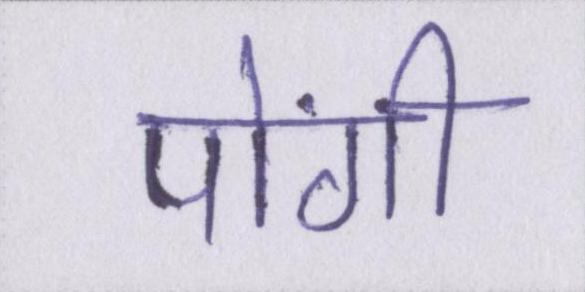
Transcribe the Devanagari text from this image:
पोंगी